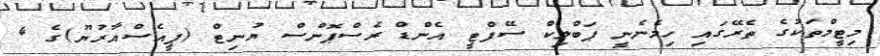
މިޓީމްތަކުގެ ތެރޭގައި ހިމެނެނީ ޕަބްލިކް ސޭފްޓީ އެންޑް ރެސްޕޮންސް ޔުނިޓް (ޕީއެސްއާރުޔޫ)ގެ 4